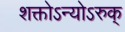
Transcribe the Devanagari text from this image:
शक्तोऽन्योऽरुक्